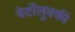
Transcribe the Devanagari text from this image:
बेर्टोलुक्की